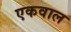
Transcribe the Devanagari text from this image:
एकवाल